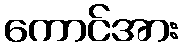
ကောင်အား